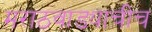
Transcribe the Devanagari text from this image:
मराठवाड्याचीच